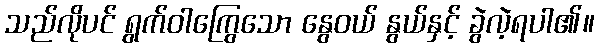
သည်လိုပင် ရွက်ဝါကြွေသော နွေဝယ် နွယ်နှင့် ခွဲလဲ့ရပါ၏။